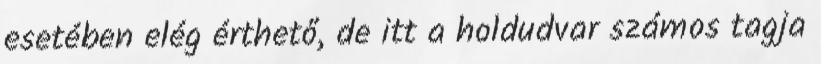
esetében elég érthető, de itt a holdudvar számos tagja